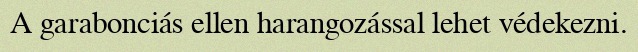
A garabonciás ellen harangozással lehet védekezni.